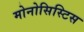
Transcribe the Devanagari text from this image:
मोनोसिस्टिस